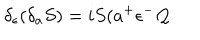
\delta _ { \epsilon } ( \delta _ { a } S ) = i S ( a ^ { + } \epsilon ^ { - } \mathcal { Q }